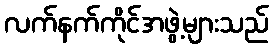
လက်နက်ကိုင်အဖွဲ့များသည်